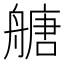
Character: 𦪀